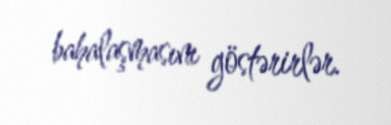
bahalaşmasını göstərirlər.